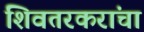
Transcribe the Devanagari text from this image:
शिवतरकरांचा